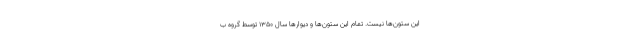
این ستون‌ها نیست. تمام این ستون‌ها و دیوارها سال ۱۳۵۰ توسط گروه ب